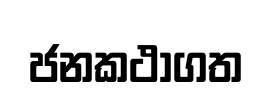
ජනකථාගත